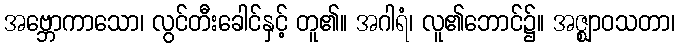
အဗ္ဘောကာသော၊ လွင်တီးခေါင်နှင့် တူ၏။ အဂါရံ၊ လူ၏ဘောင်၌။ အဇ္ဈာဝသတာ၊